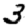
Digit: 3